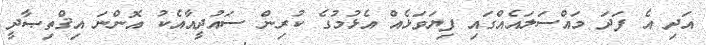
އަދި އެ ފަދަ މައްސަލައެއްގައި ފިޔަވަޅެއް އެޅުމުގެ ކުރިން ސައުދީއާއެކު އޮންނަ އިޤްތިޞާދީ